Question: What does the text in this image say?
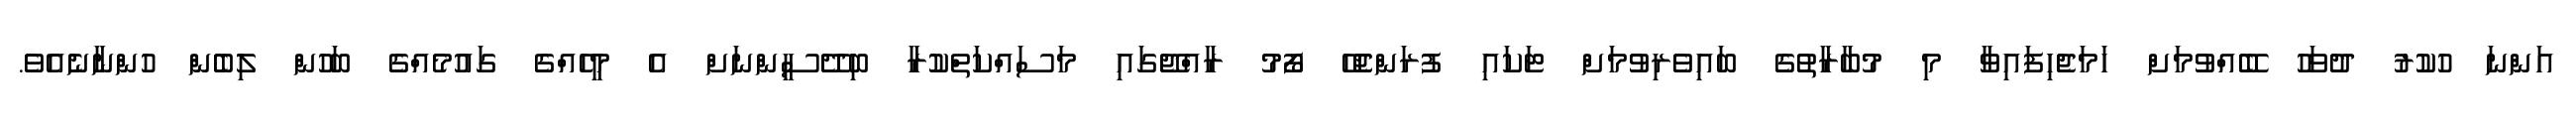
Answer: އަންނަ ހުކުރު ދުވަހު ބޭއްވުމަށް ހަމަޖެހިފައިވާ މި މުބާރާތުގެ ބައިވެރިވުމަށް ޓަކައި ފުރަންޖެހޭ ފޯމު ރާއްޖޭގައި މަސައްކަތްކުރާ ބިދޭސީންނަށް އެ މީހެއްގެ ގައުމެއްގެ ބަހުން ލިބެން ހުންނާނެއެވެ.